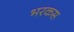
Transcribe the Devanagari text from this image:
भरकस